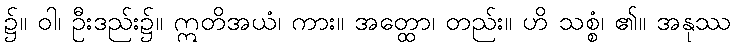
၌။ ဝါ၊ ဦးဒည်း၌။ ဣတိအယံ၊ ကား။ အတ္ထော၊ တည်း။ ဟိ သစ္စံ၊ ၏။ အနုဿ